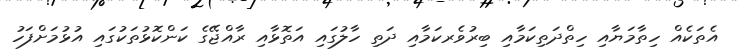
އެތަކެއް ހިތާމަޔާއި ހިތްދަތިކަމާއި ބިރުވެރކަމާއި ދަތި ހާލުގައި އަތޮޅާއި ރާއްޖޭގެ ކަންކޮޅުތަކުގައި އުޅުމަށްފަހު